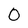
Character: 0